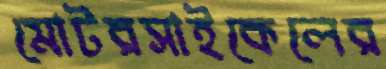
মোটরসাইকেলের